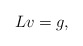
\begin{align*}Lv=g,\end{align*}